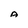
Character: A